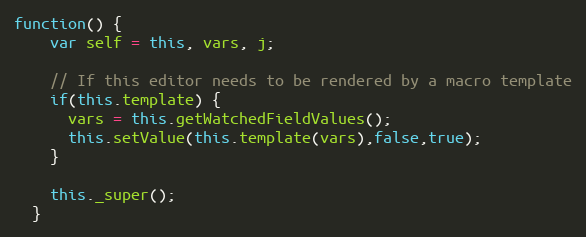
Language: JavaScript
function() {
    var self = this, vars, j;

    // If this editor needs to be rendered by a macro template
    if(this.template) {
      vars = this.getWatchedFieldValues();
      this.setValue(this.template(vars),false,true);
    }

    this._super();
  }